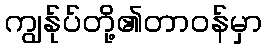
ကျွန်ုပ်တို့၏တာဝန်မှာ